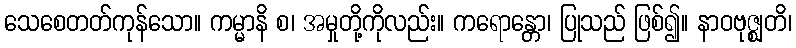
သေစေတတ်ကုန်သော။ ကမ္မာနိ စ၊ အမှုတို့ကိုလည်း။ ကရောန္တော၊ ပြုသည် ဖြစ်၍။ နာဝဗုဇ္ဈတိ၊